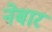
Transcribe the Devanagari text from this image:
नेबार